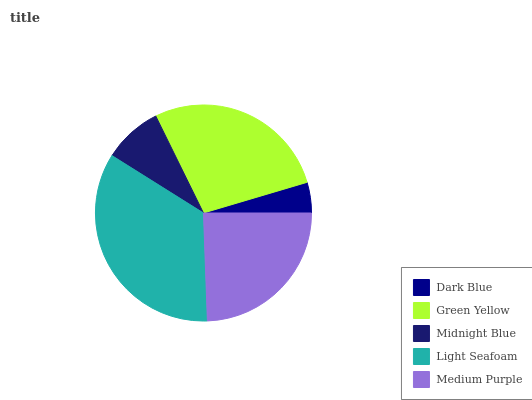
| Dark Blue | Green Yellow | Midnight Blue | Light Seafoam | Medium Purple |
 | --- | --- | --- | --- | --- |
 | 4.59% | 27.7% | 8.8% | 34.5% | 24.4% |